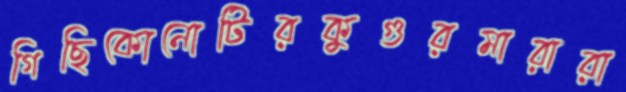
গিছিকোনোটিরকুগুরমারারা